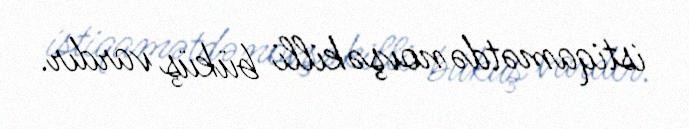
istiqamətdə novşəkilli büküş vardır.